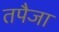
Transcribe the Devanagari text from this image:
तपैजा